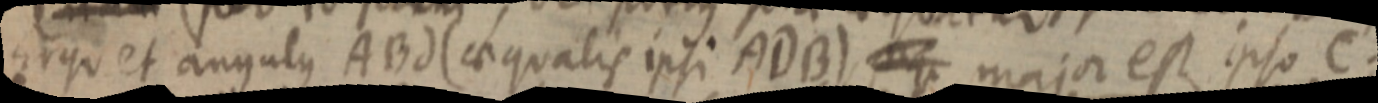
Ergo et angulus ABd (aequalis ipsi ADB) _ major est ipso C.